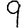
Digit: 9